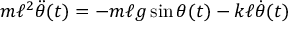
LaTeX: m \ell ^ { 2 } { \ddot { \theta } } ( t ) = - m \ell g \sin \theta ( t ) - k \ell { \dot { \theta } } ( t )